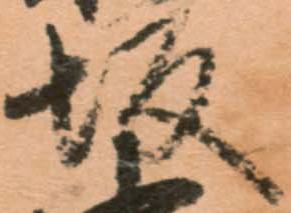
坂